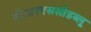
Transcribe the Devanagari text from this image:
वीआरएससीडब्लू